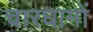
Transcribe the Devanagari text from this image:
चारघामों